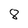
Character: 8